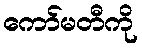
ကော်မတီကို